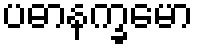
ပဓာနက္ခမော